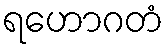
ရဟောဂတံ